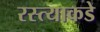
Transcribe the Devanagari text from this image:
रस्त्याकडे